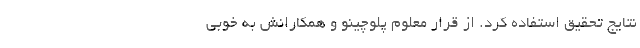
نتایج تحقیق استفاده کرد. از قرار معلوم پلوچینو و همکارانش به خوبی